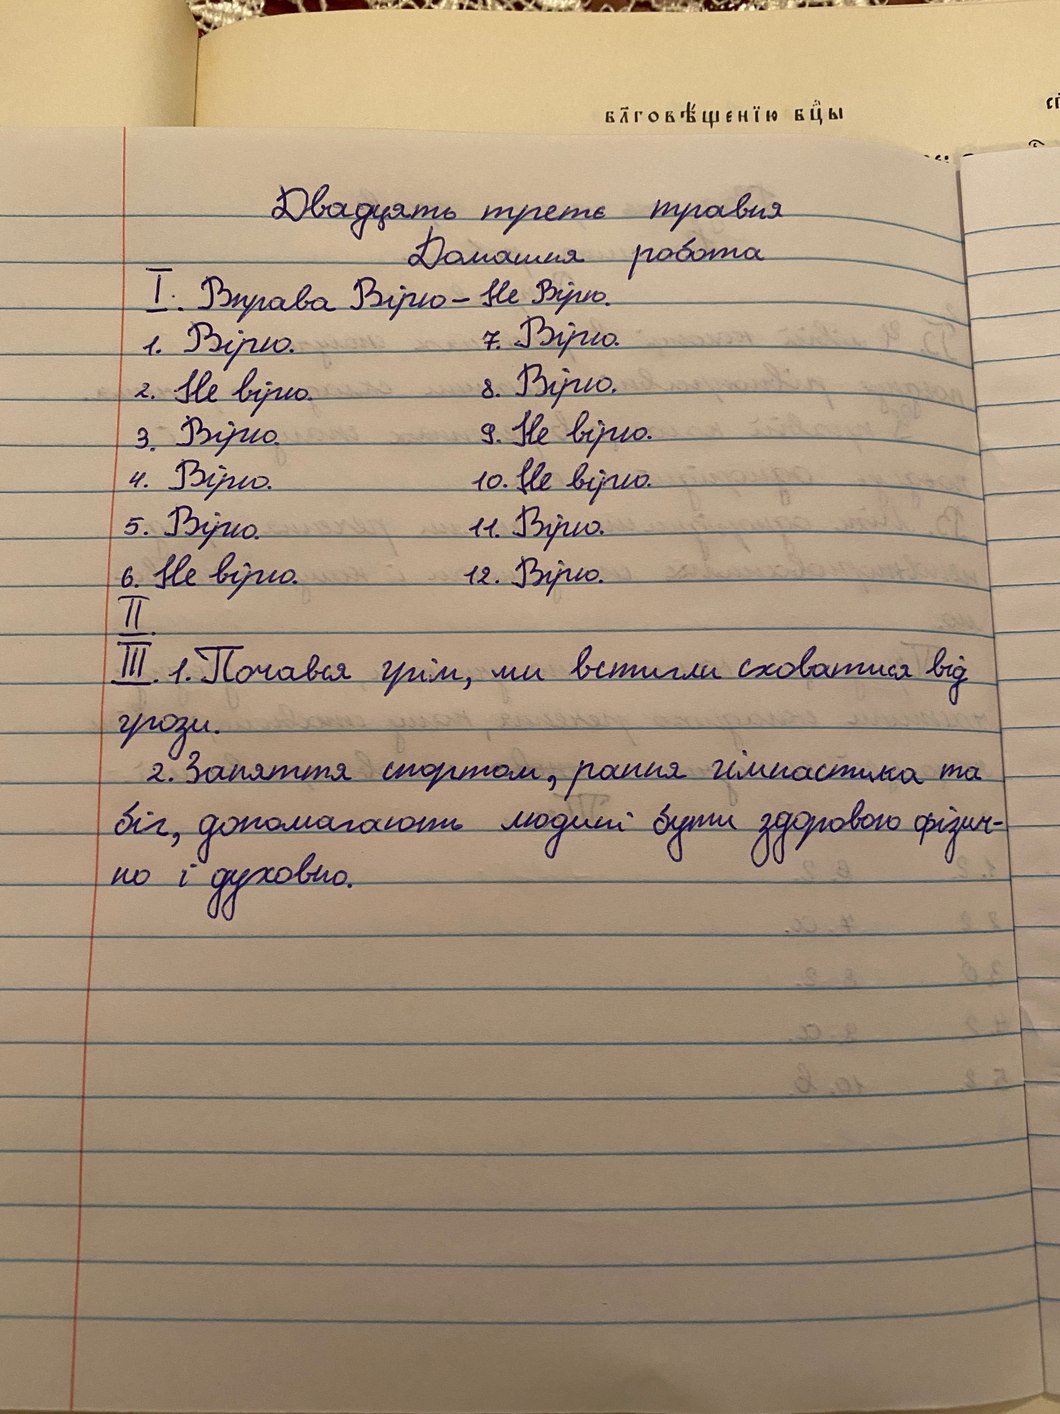
Двадцять третє травня
Домашня робота
I. Вправа Вірю - Не Вірю.
7. Вірю.
1. Вірю.
8. Вірю.
2. Не вірю.
9. Не вірю.
3. Вірю.
10. Не вірю.
4. Вірю.
5. Вірю.
11. Вірю.
6. Не вірю.
12. Вірю.
ІІ.
III. 1. Почався грім, ми встигли сховатися від
грози.
2. Заняття спортом, рання гімнастика та
біг, допомагають людині бути здоровою фізич-
но і духовно.